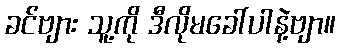
ခင်ဗျား သူ့ကို ဒီလိုမခေါ်ပါနဲ့ဗျာ။